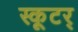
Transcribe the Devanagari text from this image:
स्कूटर्